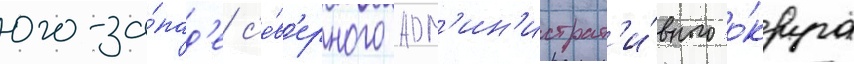
юго-за́пад'е с'е́в'ерного адм'ин'истрат'и́вного о́круга